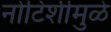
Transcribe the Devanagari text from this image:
नोटिशीमुळे